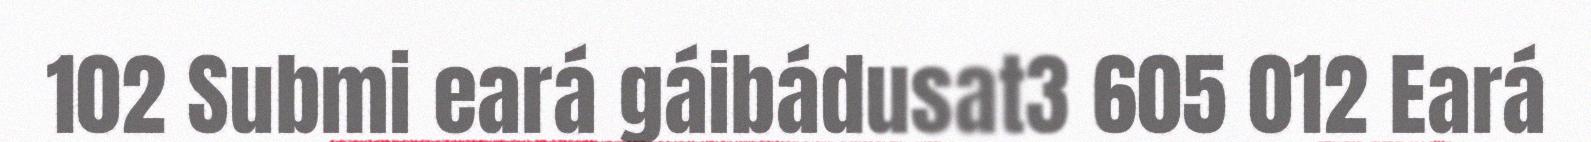
102 Submi eará gáibádusat3 605 012 Eará